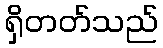
ရှိတတ်သည်